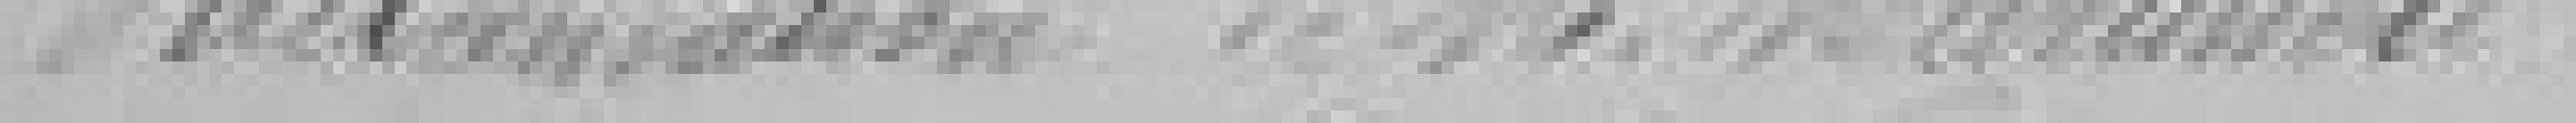
Réclamation de M. Martinoli